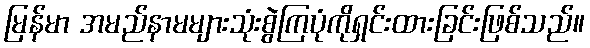
မြန်မာ အမည်နာမများသုံးစွဲကြပုံကိုရှင်းထားခြင်းဖြစ်သည်။